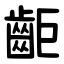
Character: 䶙